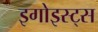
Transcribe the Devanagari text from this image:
इगोइस्ट्स